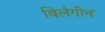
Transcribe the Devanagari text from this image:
बिलेगीन